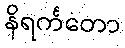
နိရင်္ကတော